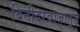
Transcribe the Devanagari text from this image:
बिनीदरवाजातून